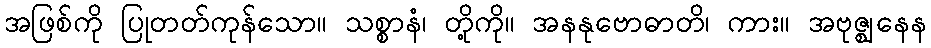
အဖြစ်ကို ပြုတတ်ကုန်သော။ သစ္စာနံ၊ တို့ကို။ အနနုဗောဓာတိ၊ ကား။ အဗုဇ္ဈနေန